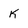
Character: K